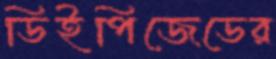
ডিইপিজেডের